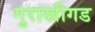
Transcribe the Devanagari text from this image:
गुराखीगड